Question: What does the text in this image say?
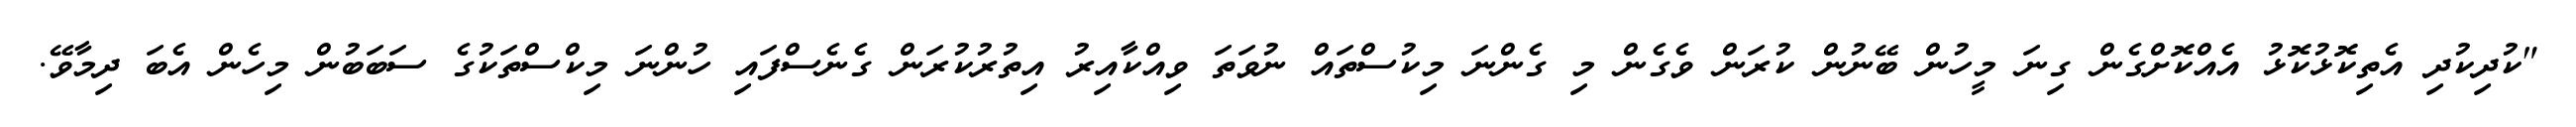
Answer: "ކުދިކުދި އެތިކޮޅުކޮޅު އެއްކޮށްގެން ގިނަ މީހުން ބޭނުން ކުރަން ވެގެން މި ގެންނަ މިކުސްތައް ނުވަތަ ވިއްކާއިރު އިތުރުކުރަން ގެނެސްފައި ހުންނަ މިކްސްތަކުގެ ސަބަބުން މިހެން އެބަ ދިމާވޭ.